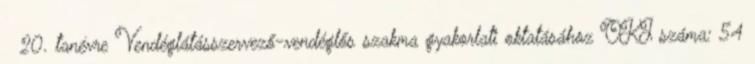
20. tanévre Vendéglátásszervező-vendéglős szakma gyakorlati oktatásához OKJ száma: 54